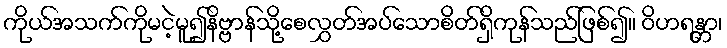
ကိုယ်အသက်ကိုမငဲ့မူ၍နိဗ္ဗာန်သို့စေလွှတ်အပ်သောစိတ်ရှိကုန်သည်ဖြစ်၍။ ဝိဟရန္တာ၊